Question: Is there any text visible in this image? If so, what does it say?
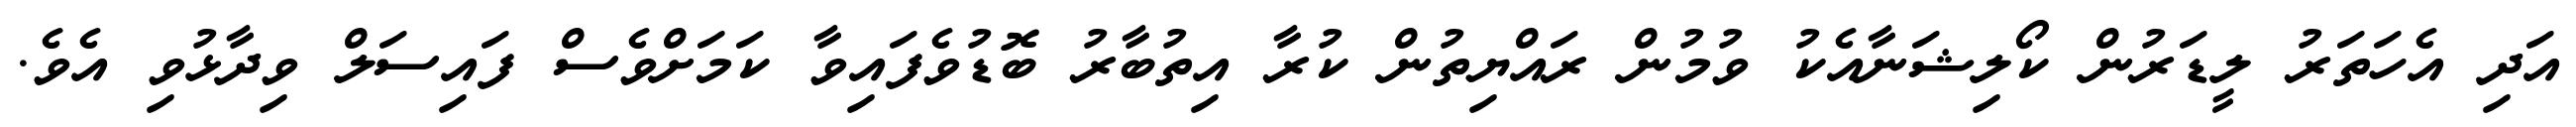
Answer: އަދި އެހަތަރު ލީޑަރުން ކޯލިޝަނާއެކު ވުމުން ރައްޔިތުން ކުރާ އިތުބާރު ބޮޑުވެފައިވާ ކަމަށްވެސް ފައިސަލް ވިދާޅުވި އެވެ.